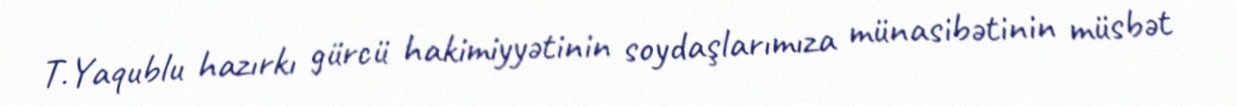
T.Yaqublu hazırkı gürcü hakimiyyətinin soydaşlarımıza münasibətinin müsbət